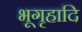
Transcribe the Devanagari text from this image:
भूगृहादि